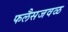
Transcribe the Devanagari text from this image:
फलैसजवळ